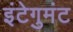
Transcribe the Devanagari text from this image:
इंटेगुमंट